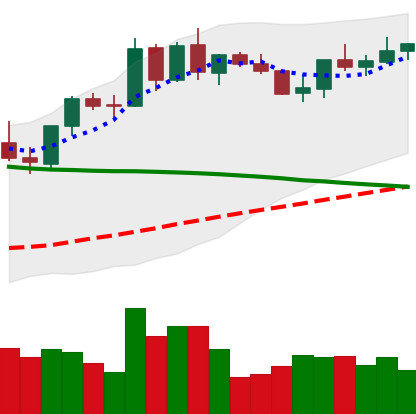
Ticker: BNB-USD
Chart end date: 2021-09-05
Forward return: -20.411%
Label: down_7plus